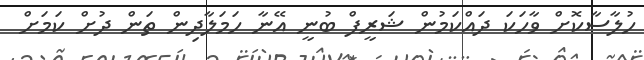
ހުލާސާކޮށް ވާހަކަ ދައްކަމުން ޝަރީފް ބުނީ އޭނާ ހަމަލާދިން ތަން ދުށް ކަމަށް